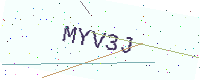
Text: MYV3J